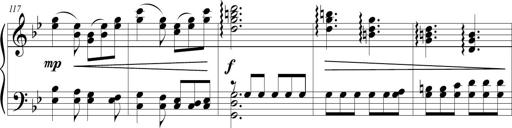
Title: Sonatina (Piano Sonata No.9)
Composer: Richard St. Clair